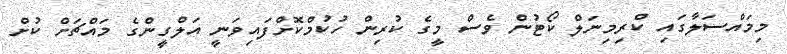
މިމައްސަލާގައި ކްރިމިނަލް ކޯޓުން ވެސް މީގެ ކުރިން ހުކުމްކޮށްފައިވަނީ އަލްގީންގެ މައްޗަށް ކުށް